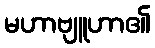
မဟာဗျူဟာ၏